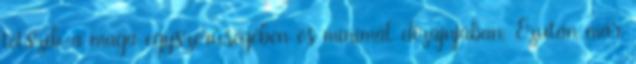
tetszik a maga egyszerűségében és minimál dizájnjában. Ezután már